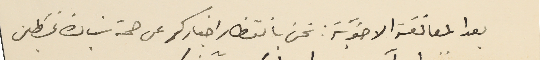
بعد المعانقة الاخوية: نحن بانتظار اخباركم عن صحة سَيادة غسَطين